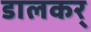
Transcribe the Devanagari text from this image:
डालकर्